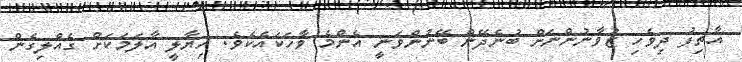
އާތިފު ދިވެހި ޒުވާނުންނަށް ބުނެދޭން ބޭނުންވަނީ އެންމެ ވާހަކައެކެވެ. ހިޔާލީ އާލަމަކަށް ގެއްލިގެން